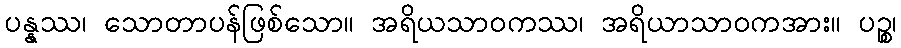
ပန္နဿ၊ သောတာပန်ဖြစ်သော။ အရိယသာဝကဿ၊ အရိယာသာဝကအား။ ပဉ္စ၊